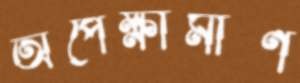
অপেক্ষামাণ